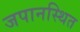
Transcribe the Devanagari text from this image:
जपानस्थित